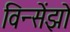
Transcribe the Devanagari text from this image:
विन्सेंझो